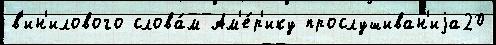
в'ин'илового слова́м Ам'е́р'ику прослушиван'иjа20